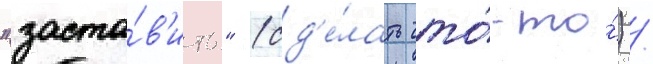
"заста́в'ить" (сд'е́лать что́-то́) /